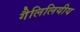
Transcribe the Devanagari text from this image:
गैलिलियीय